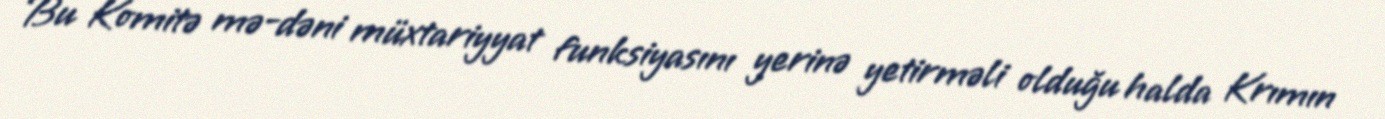
Bu Komitə mə-dəni müxtariyyat funksiyasını yerinə yetirməli olduğu halda Krımın